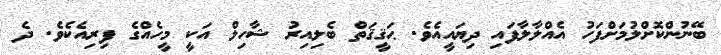
ބޭނުންކޮށްލުމަށްފަހު އެއްލާލާފައި ދިޔައީއެވެ. ޙަޤީޤަތް ބެލިއިރު ޝާހިލް އަކީ މީހެއްގެ ފިރިއެކެވެ. ދެ